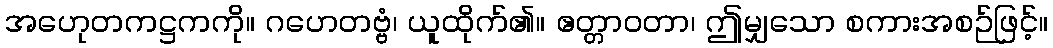
အဟေုတကဋ္ဌကကို။ ဂဟေတဗ္ဗံ၊ ယူထိုက်၏။ ဧတ္တာဝတာ၊ ဤမျှသော စကားအစဉ်ဖြင့်။